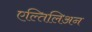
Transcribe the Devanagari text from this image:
एल्तिलिअन